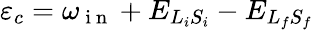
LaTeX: {\varepsilon}_{c}={\omega}_{\mathrm{~i~n~}}+{E}_{{L}_{i}{S}_{i}}-{E}_{{L}_{f}{S}_{f}}